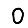
Digit: 0